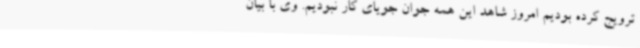
ترویج کرده بودیم امروز شاهد این همه جوان جویای کار نبودیم. وی با بیان